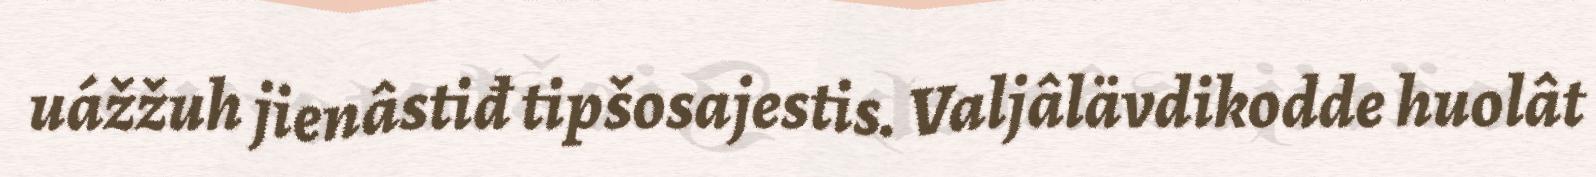
uážžuh jienâstiđ tipšosajestis. Valjâlävdikodde huolât